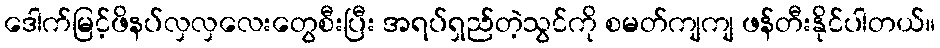
ဒေါက်မြင့်ဖိနပ်လှလှလေးတွေစီးပြီး အရပ်ရှည်တဲ့သွင်ကို စမတ်ကျကျ ဖန်တီးနိုင်ပါတယ်။